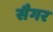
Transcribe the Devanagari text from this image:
सैगर